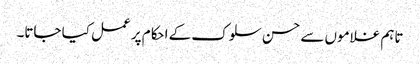
تاہم غلاموں سے حسن سلوک کے احکام پر عمل کیا جاتا۔